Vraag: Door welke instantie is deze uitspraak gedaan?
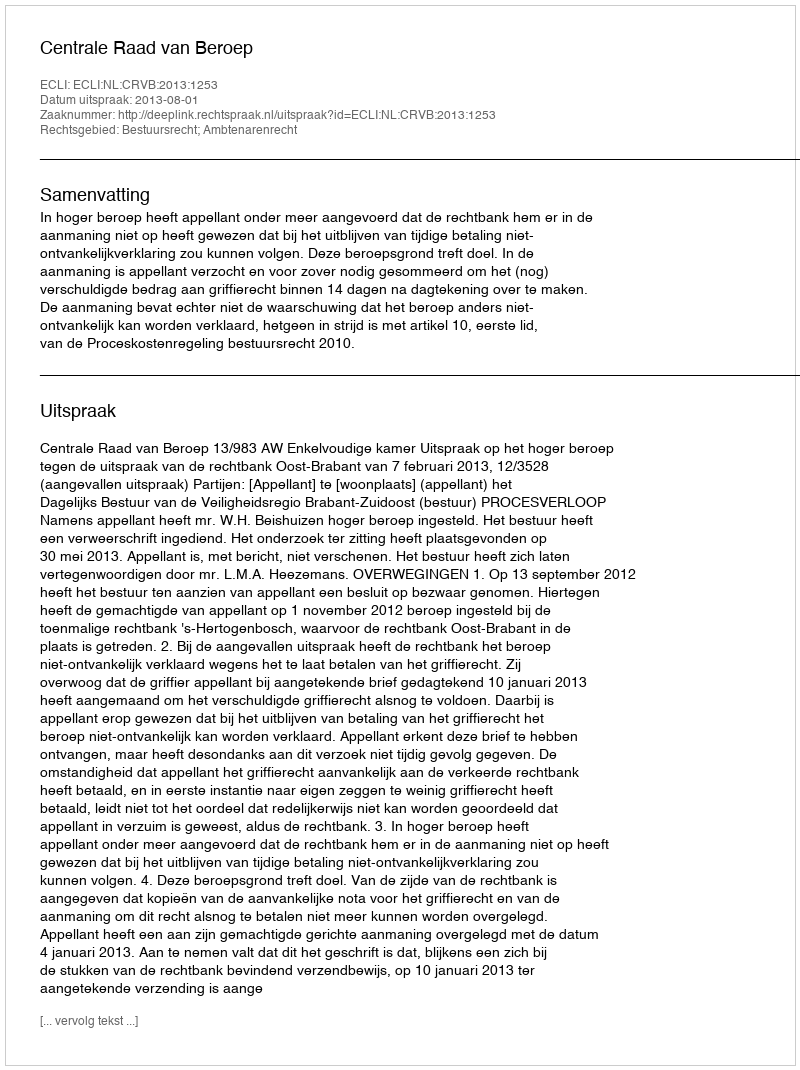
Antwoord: Centrale Raad van Beroep